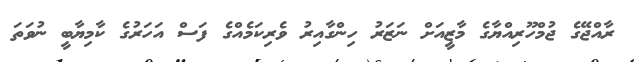
ރާއްޖޭގެ ޖުމްހޫރިއްޔާގެ މާޒީއަށް ނަޒަރު ހިންގާއިރު ވެރިކަމެއްގެ ފަސް އަހަރުގެ ކާމިޔާބީ ނުވަތަ